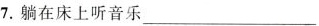
7.躺在床上听音乐___